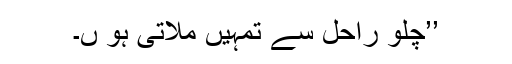
’’چلو راحل سے تمہیں ملاتی ہو ں۔